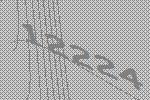
12224